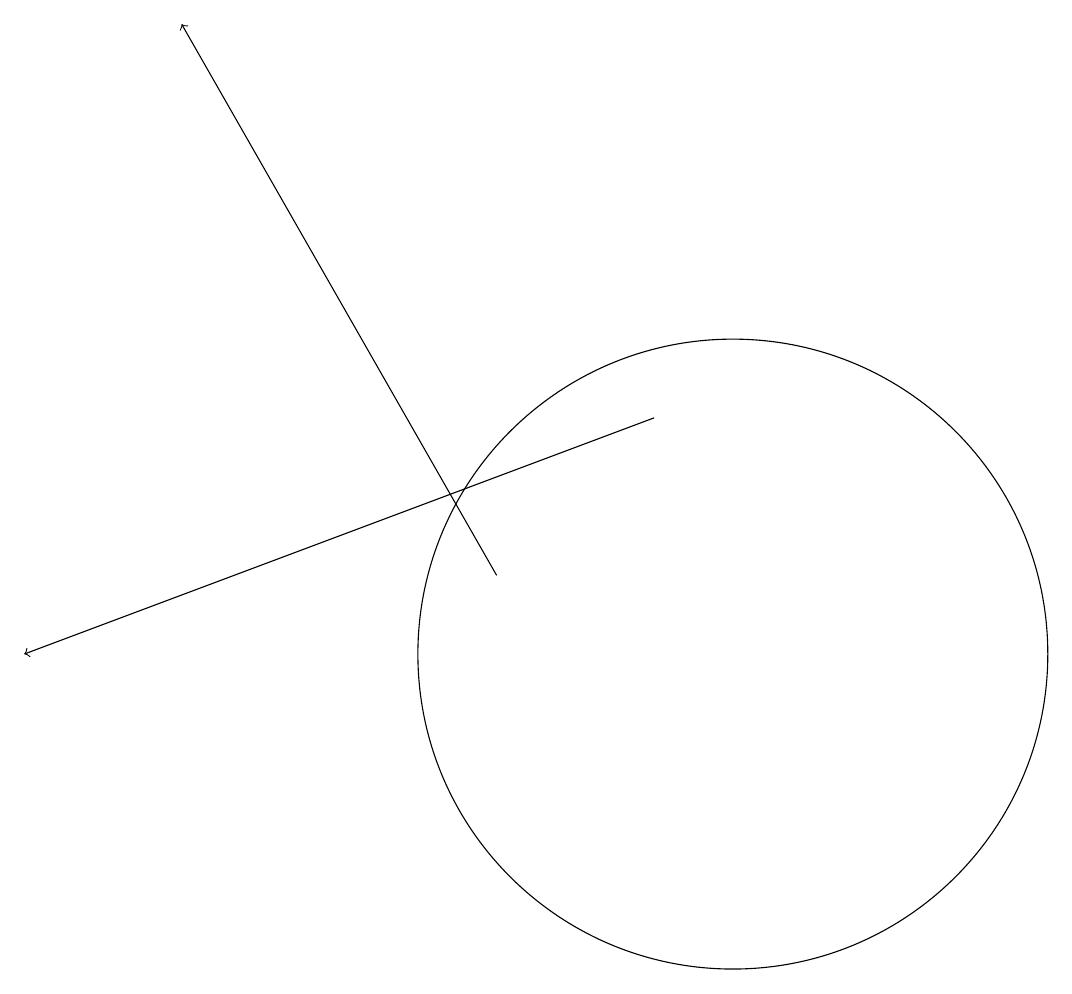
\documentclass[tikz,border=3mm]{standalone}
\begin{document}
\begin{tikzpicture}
\draw (12,11) circle (0);
\draw (10,11) circle (4);
\draw[->] (9,14) -- (1,11);
\draw[->] (7,12) -- (3,19);
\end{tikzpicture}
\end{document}